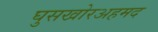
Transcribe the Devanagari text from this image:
घुसखोरअहमद